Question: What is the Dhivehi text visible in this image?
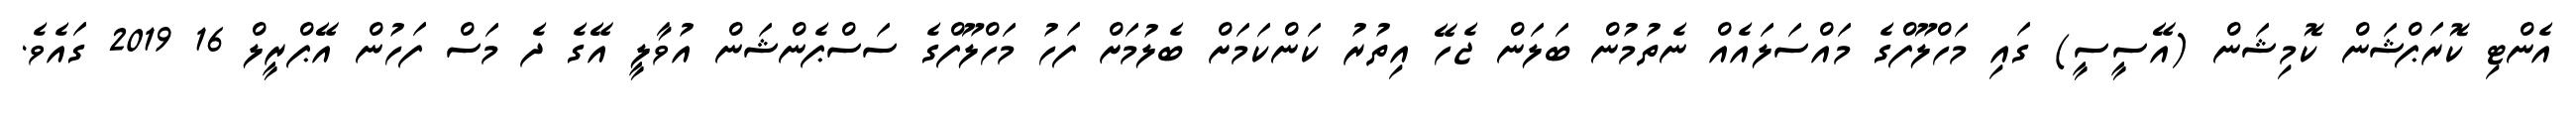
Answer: އެންޓި ކޮރަޕްޝަން ކޮމިޝަން (އޭސީސީ) ގައި މަހްލޫފްގެ މައްސަލައެއް ނެތުމުން ބަލަން ޖެހޭ އިތުރު ކަންކަމަށް ބެލުމަށް ފަހު މަހްލޫފްގެ ސަސްޕެންޝަން އުވާލީ އޭގެ ދެ މަސް ފަހުން އޭޕްރީލް 16 2019 ގައެވެ.